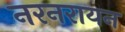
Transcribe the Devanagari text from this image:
नरनरायन